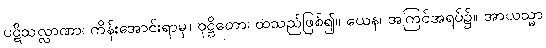
ပဋိသလ္လာဏာ၊ ကိန်းအောင်းရာမှ။ ဝုဋ္ဌိတော၊ ထသည်ဖြစ်၍။ ယေန၊ အကြင်အရပ်၌။ အာယသ္မာ